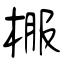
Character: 棴